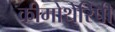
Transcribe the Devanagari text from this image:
कीमोथेरिपी